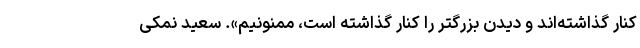
کنار گذاشته‌اند و دیدن بزرگتر را کنار گذاشته است، ممنونیم». سعید نمکی